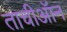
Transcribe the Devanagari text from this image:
ताचीऑन